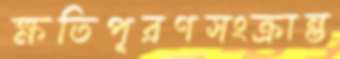
ক্ষতিপূরণসংক্রান্ত